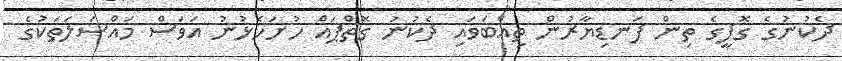
ދެކުނުގެ ގޮފީގެ ތިން ފަނޑިޔާރުން ތިއްބަވައި ދެކުނު ގޮތްޕައް ހުށަހެޅުނު އަވަސް މައްސަލަތަކުގެ